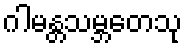
ဂါမန္တသမ္ဘတေသု